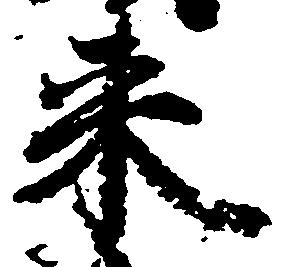
来